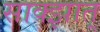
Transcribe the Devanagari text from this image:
साक्झात्